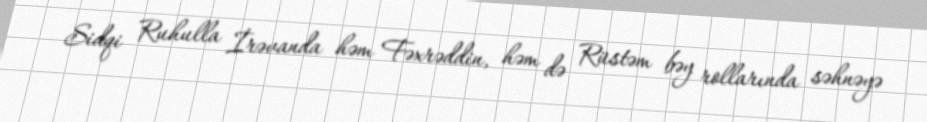
Sidqi Ruhulla İrəvanda həm Fəxrəddin, həm də Rüstəm bəy rollarında səhnəyə